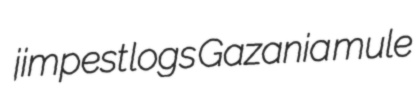
jimpest logs Gazania mule